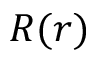
R ( r )